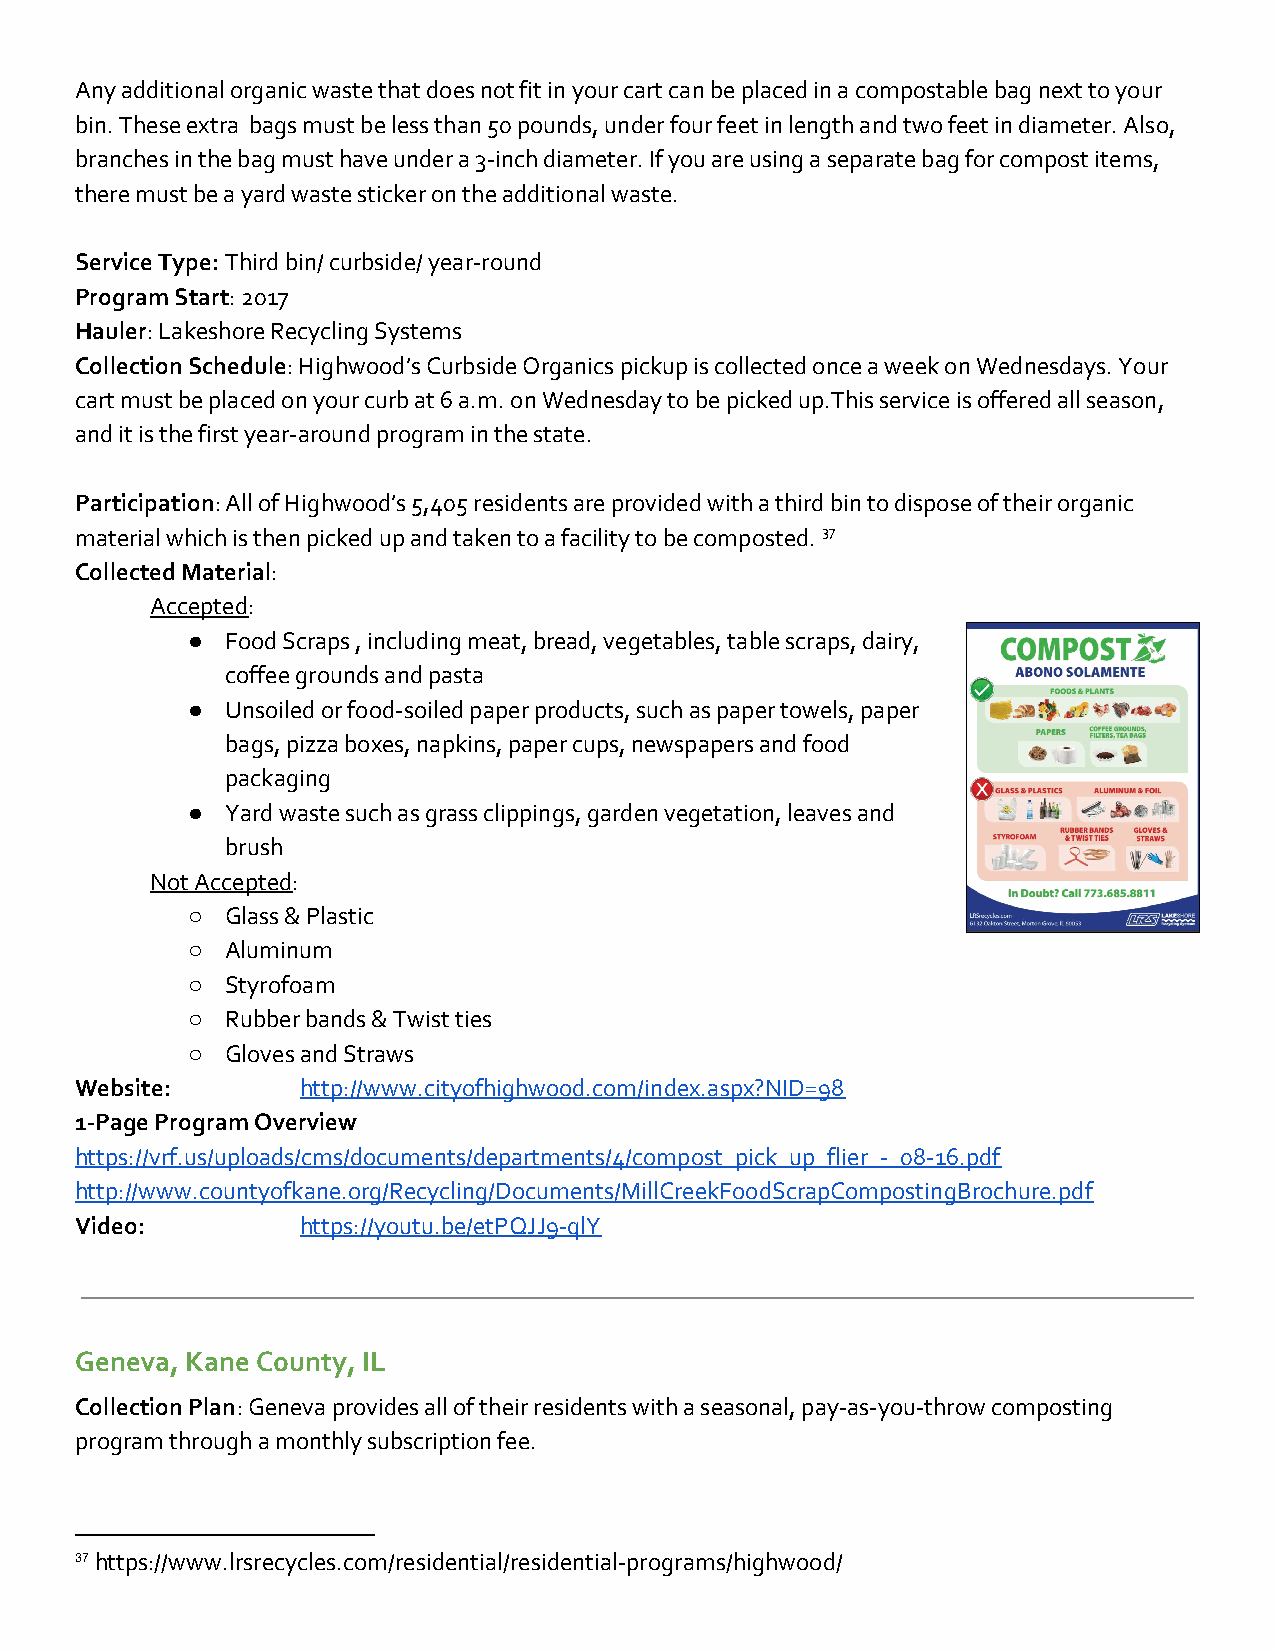
Any additional organic waste that does not fit in your cart can be placed in a compostable bag next to your
 bin. These extra bags must be less than 50 pounds, under four feet in length and two feet in diameter. Also,
 branches in the bag must have under a 3-inch diameter. If you are using a separate bag for compost items,
 there must be a yard waste sticker on the additional waste.
 Service Type:Third bin/ curbside/ year-round
 Program Start: 2017
 ​
 Hauler: Lakeshore Recycling Systems
 ​
 Collection Schedule: Highwood’s Curbside Organics pickup is collected once a week on Wednesdays. Your
 ​
 cart must be placed on your curb at 6 a.m. on Wednesday to be picked up.This service is offered all season,
 and it is the first year-around program in the state.
 Participation: All of Highwood’s 5,405 residents are provided with a third bin to dispose of their organic
 ​
 material which is then picked up and taken to a facility to be composted. 37
 Collected Material:
 ​
 Accepted:
 ​
 ●  Food Scraps , including meat, bread, vegetables, table scraps, dairy,
 coffee grounds and pasta
 ●  Unsoiled or food-soiled paper products, such as paper towels, paper
 bags, pizza boxes, napkins, paper cups, newspapers and food
 packaging
 ●  Yard waste such as grass clippings, garden vegetation, leaves and
 brush
 Not Accepted:
 ​
 ○  Glass & Plastic
 ○  Aluminum
 ○  Styrofoam
 ○  Rubber bands & Twist ties
 ○  Gloves and Straws
 Website:       http://www.cityofhighwood.com/index.aspx?NID=98
 1-Page Program Overview
 https://vrf.us/uploads/cms/documents/departments/4/compost_pick_up_flier_-_08-16.pdf
 http://www.countyofkane.org/Recycling/Documents/MillCreekFoodScrapCompostingBrochure.pdf
 Video:         https://youtu.be/etPQJJ9-qlY
 Geneva, Kane County, IL
 Collection Plan: Geneva provides all of their residents with a seasonal, pay-as-you-throw composting
 ​
 program through a monthly subscription fee.
 37 https://www.lrsrecycles.com/residential/residential-programs/highwood/
 ​